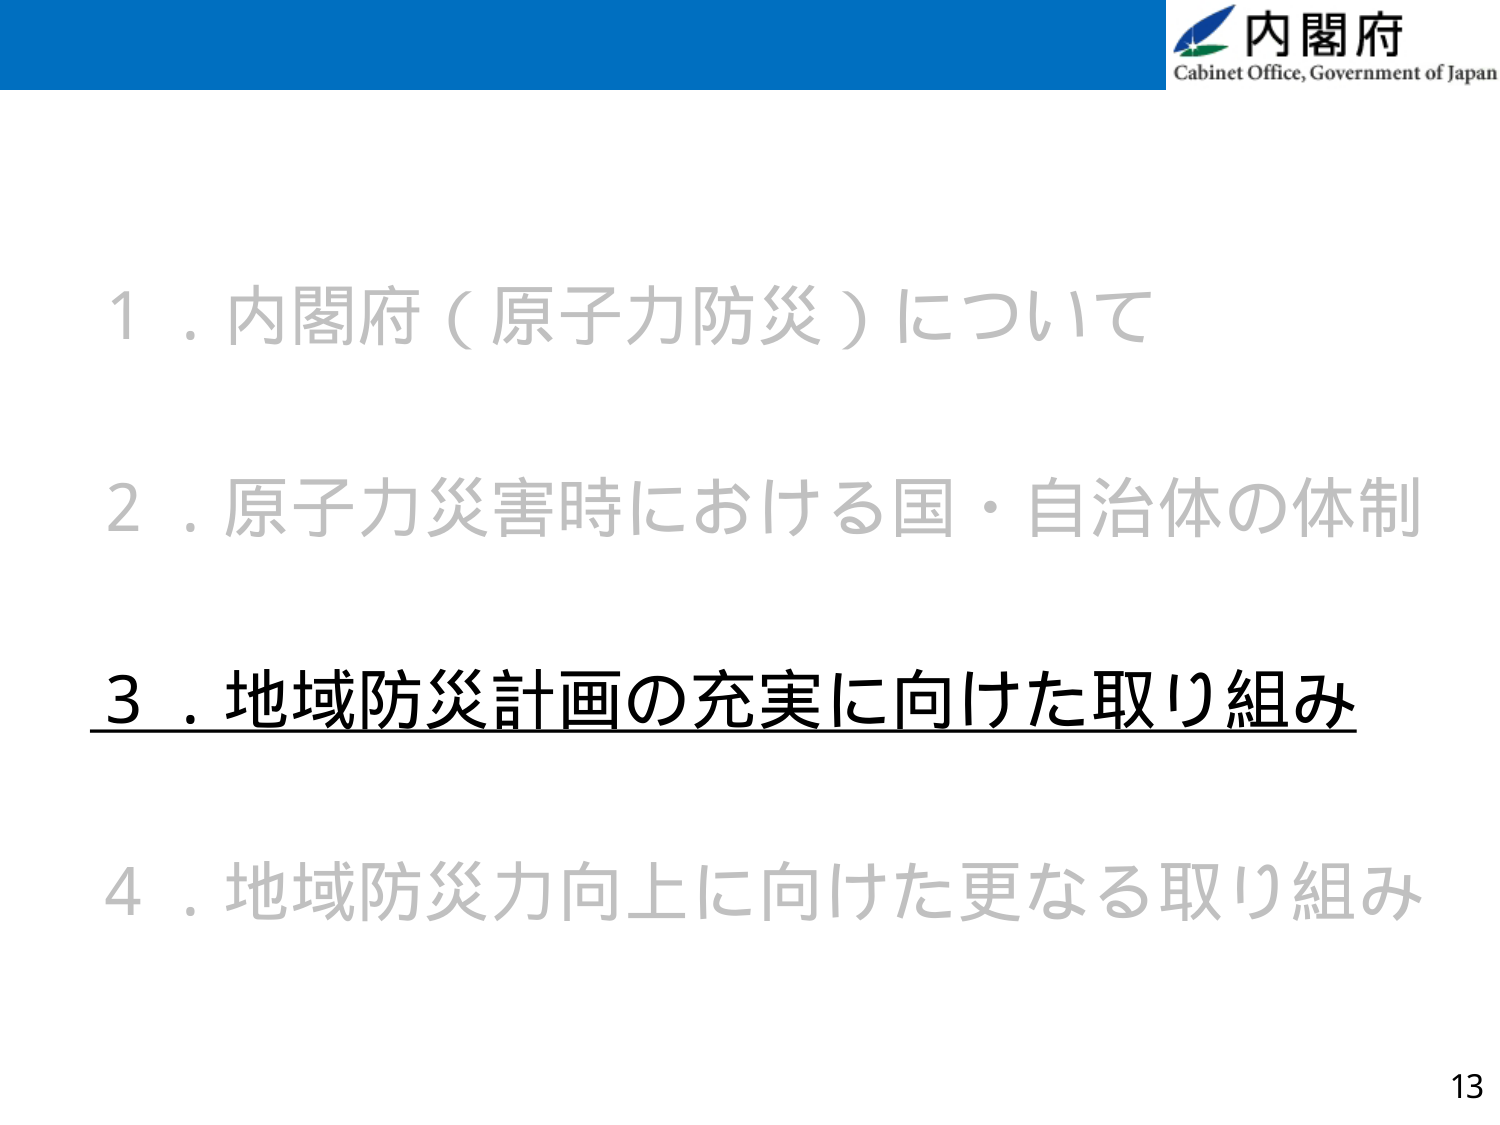
内閣府
Cabinet Office, Government of Japan

1．内閣府（原子力防災）について
2．原子力災害時における国・自治体の体制
3．地域防災計画の充実に向けた取り組み
4．地域防災力向上に向けた更なる取り組み

13